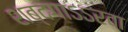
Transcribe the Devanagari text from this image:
शब्दगाऽऽरवा